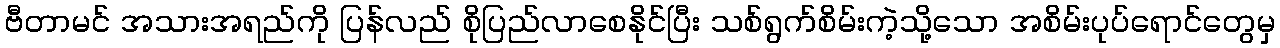
ဗီတာမင် အသားအရည်ကို ပြန်လည် စိုပြည်လာစေနိုင်ပြီး သစ်ရွက်စိမ်းကဲ့သို့သော အစိမ်းပုပ်ရောင်တွေမှ